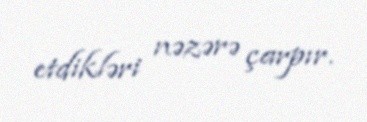
etdikləri nəzərə çarpır.